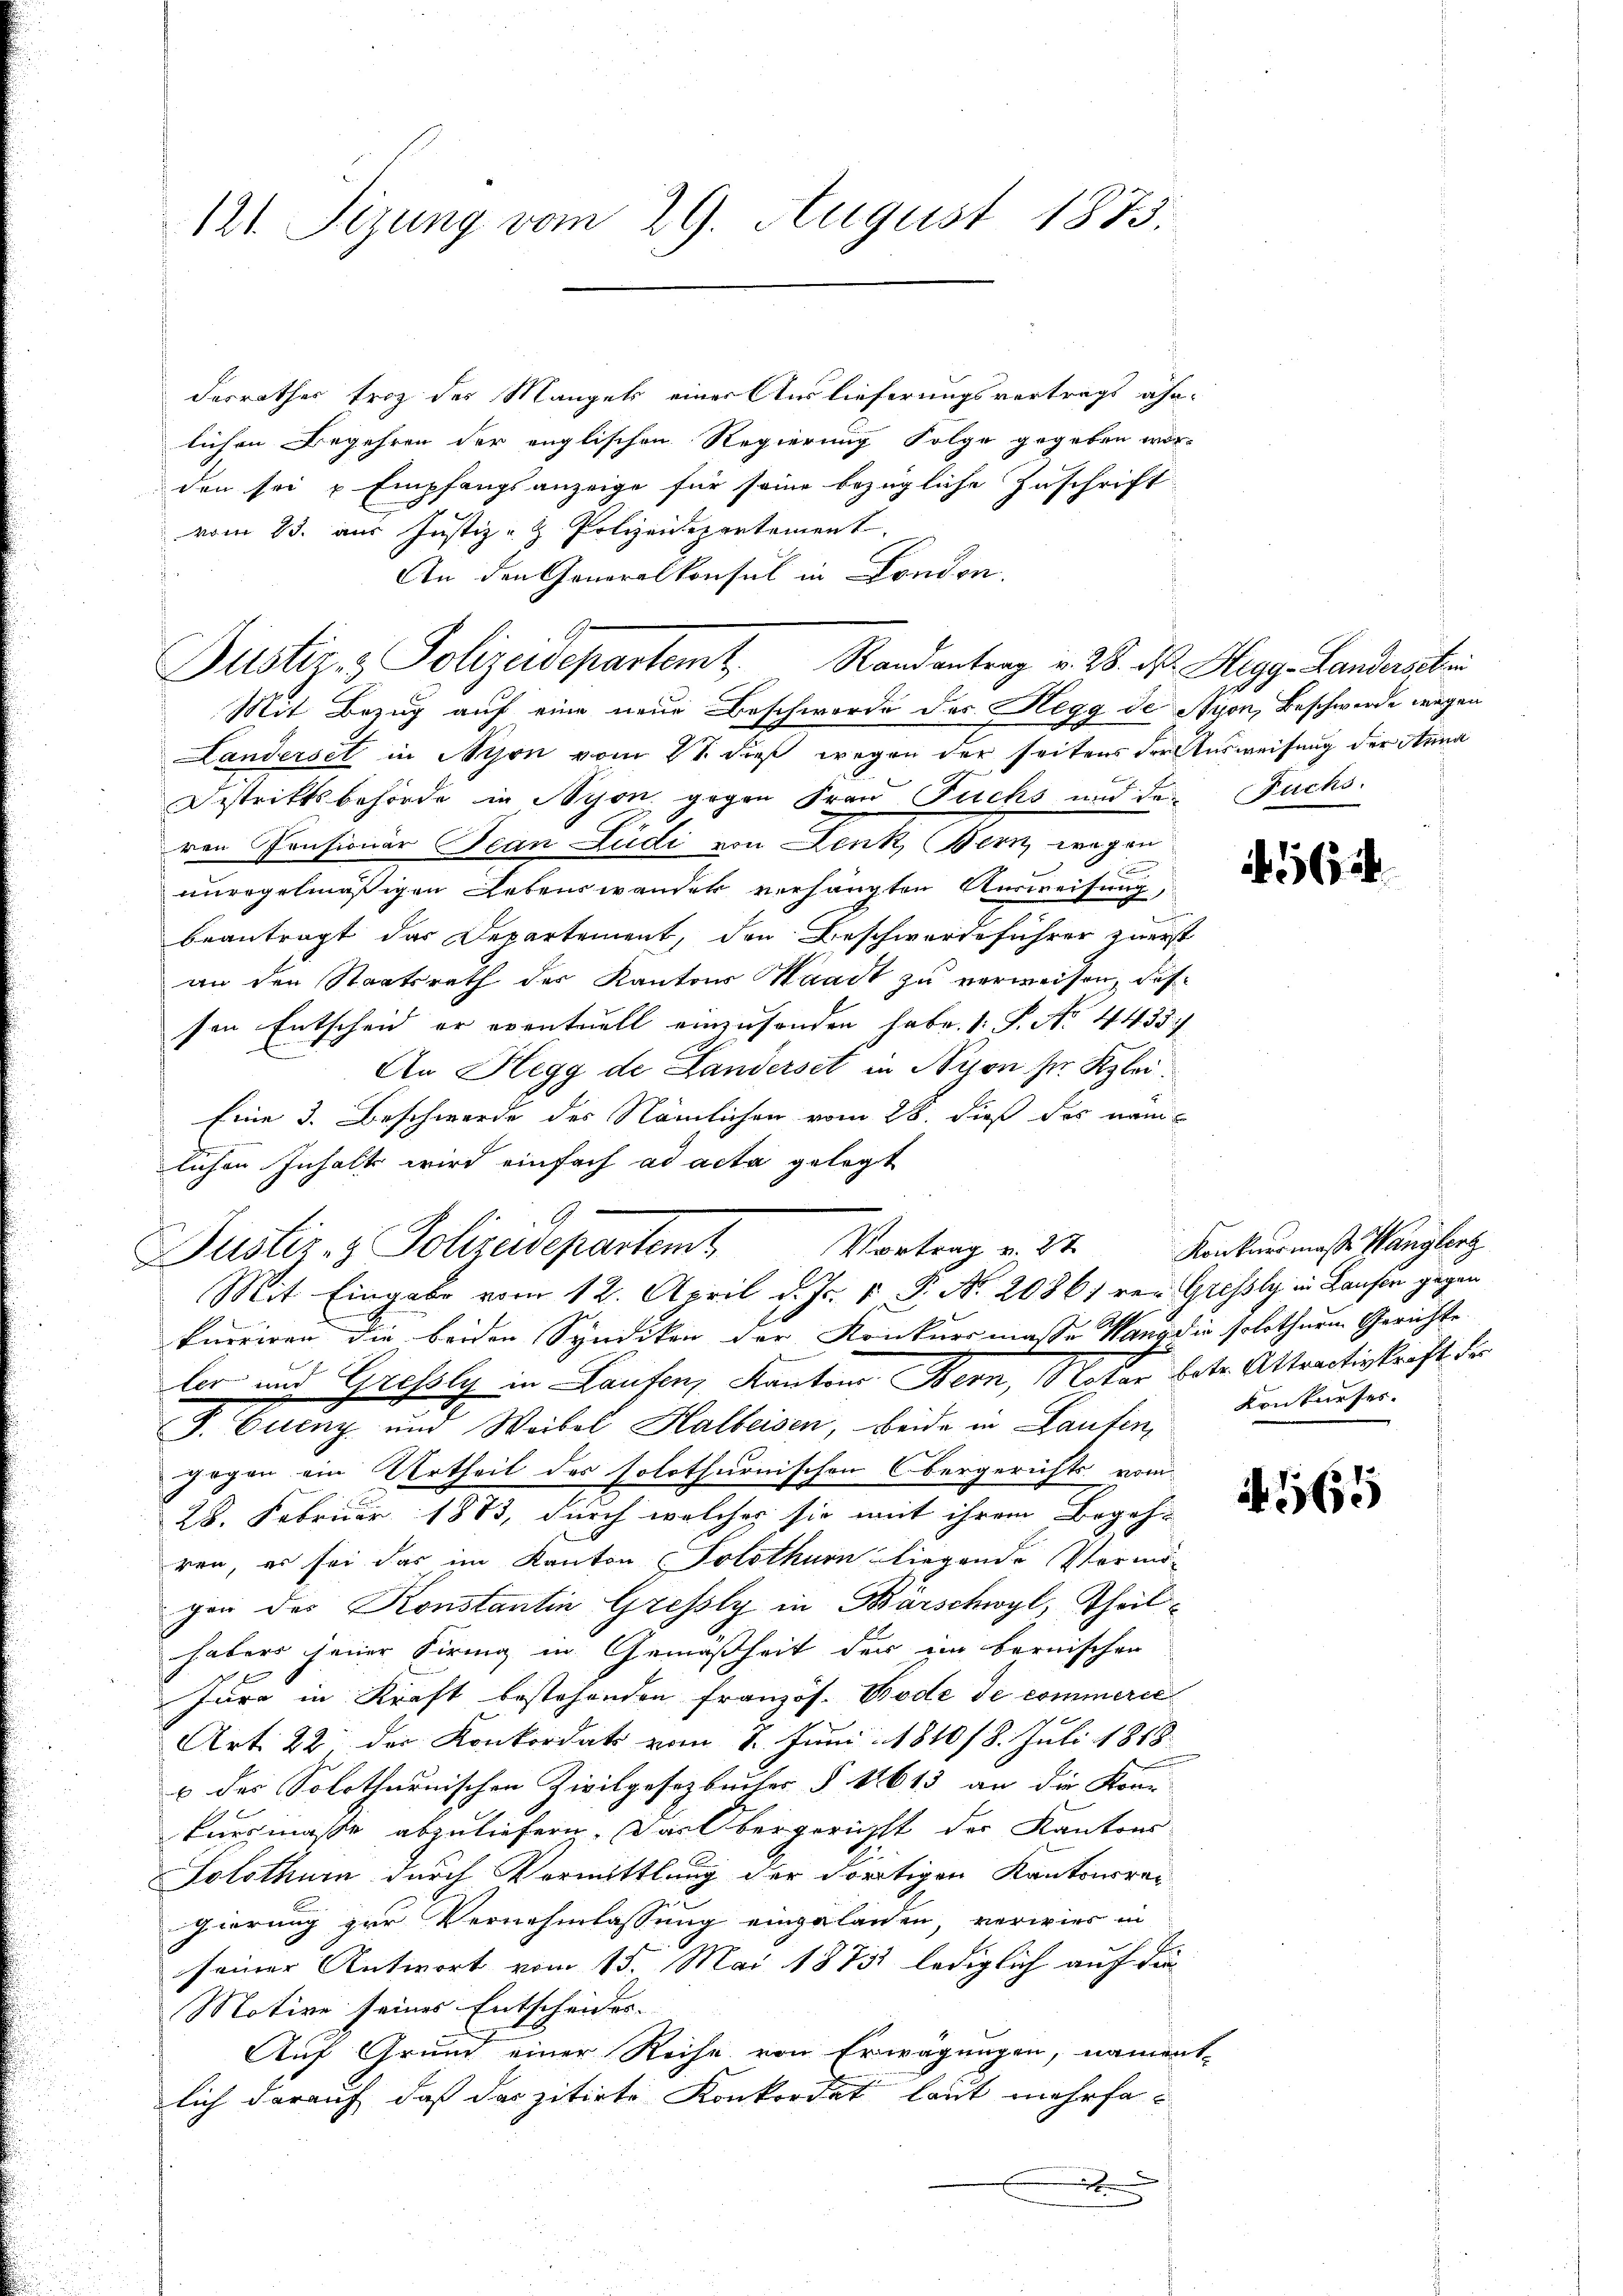
121. Fizung vom 29. August 1875.

desrathes froh des Mangels einer Auslieferungsvertrags ahn-
lichen Begehren der englischen Regierung Folge gegeben wor-
den sei u Empfangsanzeige für seine bezügliche Zuschrift
vom 13. aus Justiz- & Polizeidepartement
An den Generalkonsul in Fondon.
Mit Bezug auf eine neue Beschworde des Hegg de Nyon, Beschwerde wegen
Landersel in Nyon vom 2t dieß wegen der seitens der Ausweisung der Anna
Destrittsbehörde in Nyon gegen Frau Fuchs und der Fuchs.
ren Pensionar Jean Zudi von Denk, Bern wegen
unregelmäßigen Lebenswander verhängten Ausweisung,
beantragt das Departement, den Beschwerdeführer zuerst
an den Staatsrath des Kantons Waadt zu verweisen, daß
sen Entscheid er eventuell einzusenden habe. 1 S. Nr. 4435/
An Hegg de Landerset in Nyon Sr. Klei¬
Eine 3. Beschwerde des Nämlichen vom 28. dieß des nam
lichen Inhalte wird einfach ad acta gelegt
Vortrag v. 27
Justiz- & Polizeidepartent
Mit Eingabe vom 12. April d. Js. v. P. Nr. 20861 ver Grefsly in Laufen gegen
kurriren die beiden Syndikon der Konkursmasse Hang die solothurm Gerichte
ler und Grefsly in Laufen, Kantons Bern, Notar betr. Attractiskraft der
F. Quinz und Waibel Halbeisen, beide in Laufen, Konkaufer.
gegen ein Urtheil des solothurnischen Obergerichts vom
28. Februar 1883, durch welches sie mit ihrem Begehr
ren, es sei das im Kanton Solothurn liegende Vermögen des Konstantin Grefsly in Barschwyl, Theilhabers jener Firing in Gemäßheit der im bernischen
len
Jura in Kraft bestehenden Französ. Bode de commerie
Art. 22; der Konkordats vom 1. Juni 181018. Juli 1818.
u des Solothurnischen Zivilgesetzbucher § 11613 an die Köni
kursmasse abzuliefern. Das Obergericht der Kantons
Solothurn durch Vermittlung der dortigen Kantonsrec
gierung zur Vernehmlassung eingelanden, verwies in
seiner Antwort vom 15. Mai 1873 lediglich auf die
Motive seines Entscheides-
Auf Grund einer Reihe von Erwägungen, nament-
lich darauf, daß das zitirte Konkordat laut mehrfac
.

Justiz- & Polizeidepartemt. Randantrag v. 28. ds. Hegg-Landerschri

456

Konkursmasse Wanglerg

A. 165